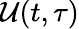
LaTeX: \mathcal{U}(t,\tau)